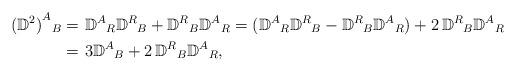
LaTeX: \begin{align*}{({\mathbb D}^2)}^A{}_{B} = &\,\, {\mathbb D}^{A}{}_{R}{\mathbb D}^{R}{}_{B} + {\mathbb D}^{R}{}_{B}{\mathbb D}^{A}{}_{R}=({\mathbb D}^{A}{}_{R}{\mathbb D}^{R}{}_{B} - {\mathbb D}^{R}{}_{B}{\mathbb D}^{A}{}_{R})+2\,{\mathbb D}^{R}{}_{B}{\mathbb D}^{A}{}_{R} \\=&\,\, 3{\mathbb D}^{A}{}_{B}+2\,{\mathbb D}^{R}{}_{B}{\mathbb D}^{A}{}_{R},\end{align*}